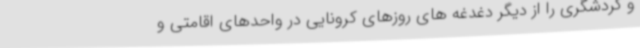
و گردشگری را از دیگر دغدغه های روزهای کرونایی در واحدهای اقامتی و